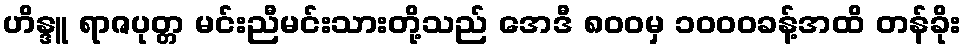
ဟိန္ဒူ ရာဇပုတ္တ မင်းညီမင်းသားတို့သည် အေဒီ ၈၀၀မှ ၁၀၀၀ခန့်အထိ တန်ခိုး